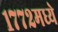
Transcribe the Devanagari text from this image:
१७७२मध्ये